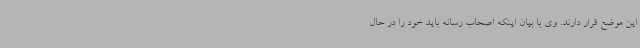
این موضع قرار دارند. وی با بیان اینکه اصحاب رسانه باید خود را در حال